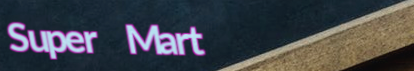
Super Mart